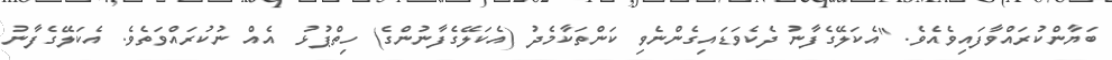
ބަޔާންކުރައްވާފައިވެއެވެ. "އެކަލޭގެފާނު ދެކެވަޑައިގެންނެވި ކަންތަކާމެދު (އެކަލޭގެފާނުންގެ) ހިތްޕުޅު  އެއް ނުކުރައްވަތެވެ. އެކަލޭގެފާނު